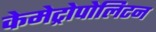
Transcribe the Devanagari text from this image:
केमेट्रोपोलिटन